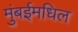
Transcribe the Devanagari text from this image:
मुंबईमधिल